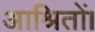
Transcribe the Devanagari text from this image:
आश्रितों।